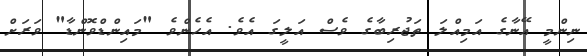
ނިންމީ އޭނާގެ އަމިއްލަ ތަޖުރިބާގެ ވެސް އަލީގަ އެވެ. އެހެންވެ "މައިންޑްވޮންޑާ" ވަރަށް